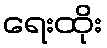
ရေးထိုး